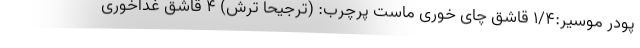
پودر موسیر:۱/۴ قاشق چای خوری ماست پرچرب: (ترجیحا ترش) ۴ قاشق غذاخوری